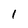
Character: 1